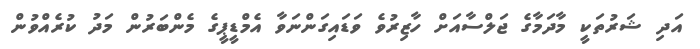
އަދި ޝަރުތަކީ މާދަމާގެ ޖަލްސާއަށް ހާޒިރުވެ ވަޑައިގަންނަވާ އެމްޑީޕީގެ މެންބަރުން މަދު ކުރެއްވުން